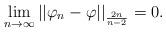
LaTeX: \begin{align*}\lim_{n\to\infty}||\varphi_n-\varphi||_{\frac{2n}{n-2}}=0.\end{align*}